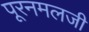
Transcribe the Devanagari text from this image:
पूरनमलजी